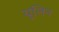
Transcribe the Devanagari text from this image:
यूलिन